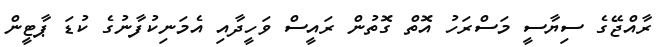
ރާއްޖޭގެ ސިޔާސީ މަސްރަހު އޮތް ގޮތުން ރައީސް ވަހީދާއި އެމަނިކުފާނުގެ ކުޑަ ޕާޓީން